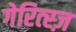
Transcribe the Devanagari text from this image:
गेरित्स्ज़